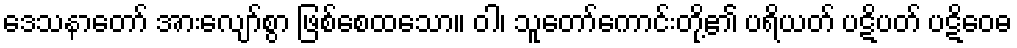
ဒေသနာတော် အားလျော်စွာ ဖြစ်စေထသော။ ဝါ၊ သူတော်ကောင်းတို့၏ ပရိယတ် ပဋိပတ် ပဋိဝေဓ